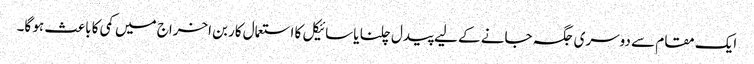
ایک مقام سے دوسری جگہ جانے کے لیے پیدل چلنا یا سائیکل کا استعمال کاربن اخراج میں کمی کا باعث ہو گا۔